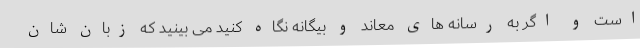
است و اگر به رسانه های معاند و بیگانه نگاه کنید می بینید که زبان شان